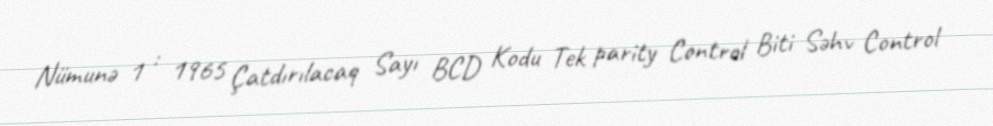
Nümunə 1 : 1965 Çatdırılacaq Sayı BCD Kodu Tek parity Control Biti Səhv Control